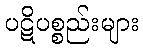
ပဋိပစ္စည်းများ